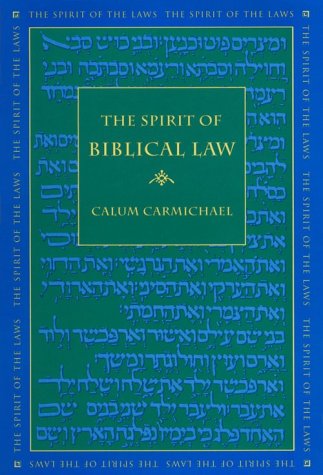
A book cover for The Spirit of Biblical Law (The Spirit of the Laws); Calum Carmichael; Religion & Spirituality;